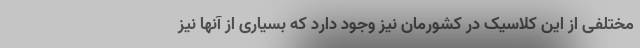
مختلفی از این کلاسیک در کشورمان نیز وجود دارد که بسیاری از آنها نیز